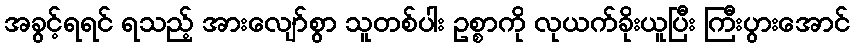
အခွင့်ရရင် ရသည့် အားလျော်စွာ သူတစ်ပါး ဥစ္စာကို လုယက်ခိုးယူပြီး ကြီးပွားအောင်